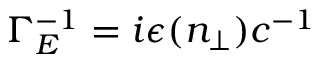
\Gamma _ { E } ^ { - 1 } = i \epsilon ( n _ { \perp } ) c ^ { - 1 }